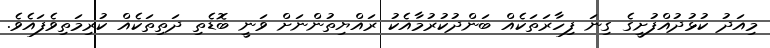
މިއަދު ކުޅުދުއްފުށީގެ ގިނަ ފިހާރަތަކެއް ބަންދުކުރުމާއެކު ރައްޔިތުންނަށް ވަނީ ބޮޑެތި ދަތިތަކެއް ކުރިމަތިވެފައެވެ.